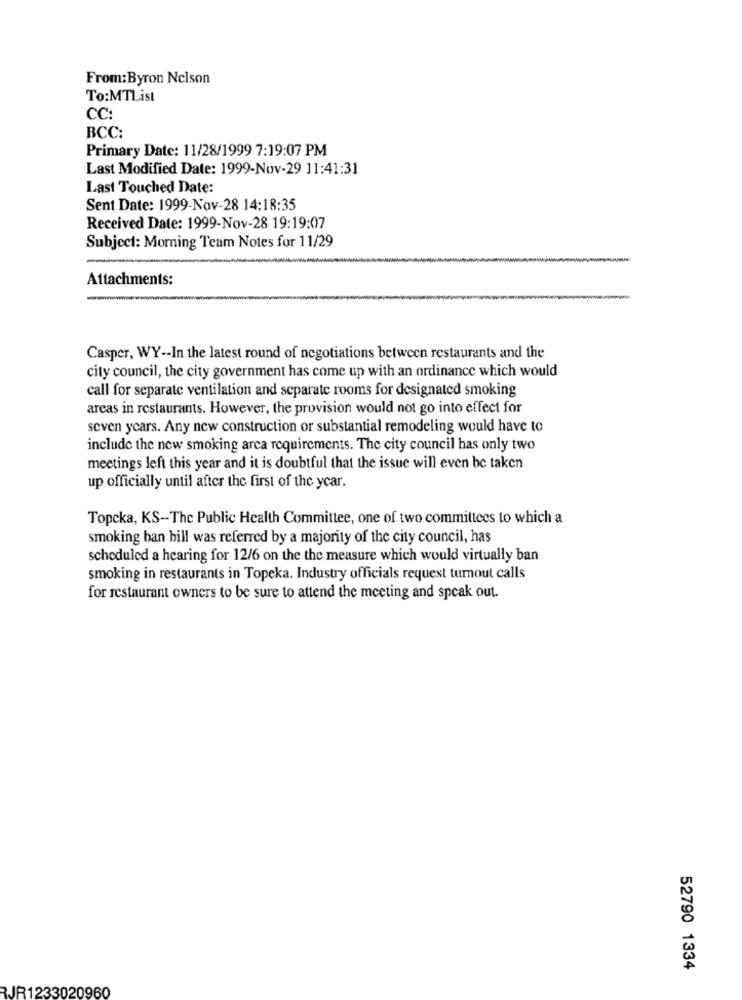
From:Byron Nelson
To:MTList
CC:
BCC:
Primary Date: 11/28/1999 7:19:07 PM
Last Modified Date: 1999-Nov-29 11:41:31
Last Touched Date:
Sent Date: 1999-Nov-28 14:18:35
Received Date: 1999-Nov-28 19:19:07
Subject: Morning Team Notes for 11/29
Attachments:
Casper, WY -- In the latest round of negotiations between restaurants and the
city council, the city government has come up with an ordinance which would
call for separate ventilation and separate rooms for designated smoking
arcas in restaurants. However, the provision would not go into effect for
seven years. Any new construction or substantial remodeling would have to
include the new smoking area requirements. The city council has only two
meetings left this year and it is doubtful that the issue will even be taken
up officially until after the first of the year.
Topcka, KS-The Public Health Committee, one of two committees to which a
smoking ban hill was referred by a majority of the city council, has
scheduled a hearing for 12/6 on the the measure which would virtually ban
smoking in restaurants in Topeka. Industry officials request turnout calls
for restaurant owners to be sure to attend the meeting and speak out.
52790 1334
RJR1233020960